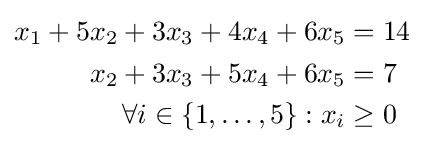
{\begin{aligned}x_{1}+5x_{2}+3x_{3}+4x_{4}+6x_{5}&=14\\x_{2}+3x_{3}+5x_{4}+6x_{5}&=7\\\forall i\in \{1,\ldots ,5\}:x_{i}&\geq 0\end{aligned}}